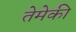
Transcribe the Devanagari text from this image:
तेमेकी